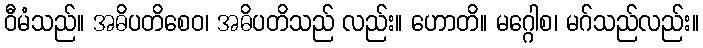
ဝီမံသည်။ အဓိပတိစေဝ၊ အဓိပတိသည် လည်း။ ဟောတိ။ မဂ္ဂေါစ၊ မဂ်သည်လည်း။